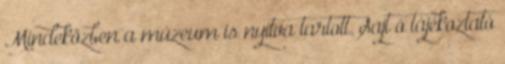
Mindeközben a múzeum is nyitva tartott. Sajt ó tájékoztató